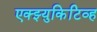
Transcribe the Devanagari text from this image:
एक्झ्युकिटिव्ह